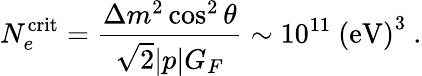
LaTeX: N_{e}^{\mathrm{crit}}=\frac{\Delta m^{2}\cos^{2}\theta}{\sqrt{2}|p|G_{F}}\sim 10^{11}~\mathrm{(eV)}^{3}~.